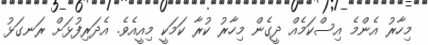
މިހާރު އެންމެ އިސްކަމެއް ދީގެން މިހާރު ކުރާ ކަމަކީ މިއީއެވެ. އެދަރިފުޅަށް ރަނގަޅު